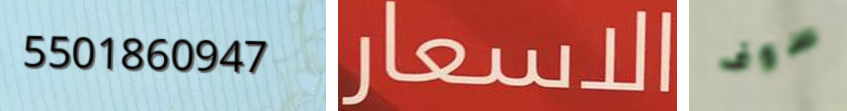
5501860947 الاسعار سوف